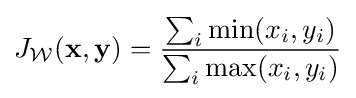
J_{\mathcal {W}}(\mathbf {x} ,\mathbf {y} )={\frac {\sum _{i}\min(x_{i},y_{i})}{\sum _{i}\max(x_{i},y_{i})}}